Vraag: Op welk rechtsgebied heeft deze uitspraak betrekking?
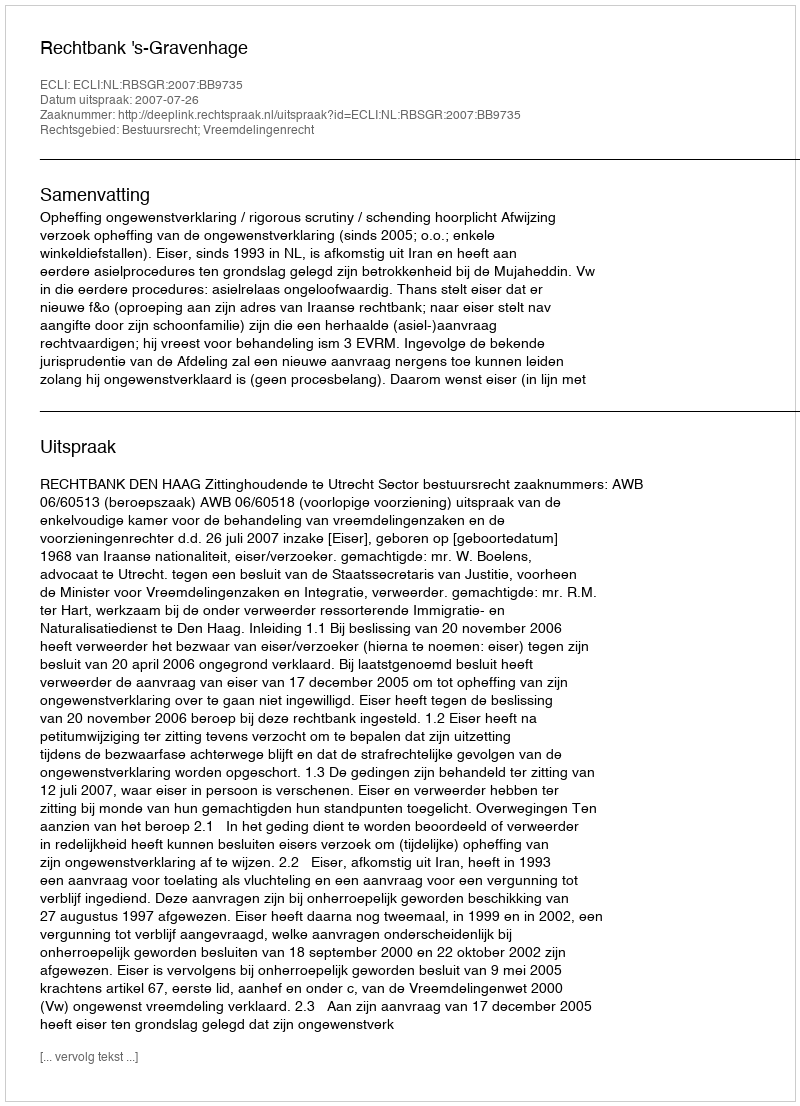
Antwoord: Bestuursrecht; Vreemdelingenrecht